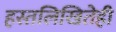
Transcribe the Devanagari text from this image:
हस्तलिखितेही